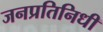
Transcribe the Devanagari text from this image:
जनप्रतिनिधी